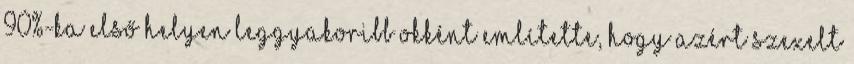
90%-ka első helyen leggyakoribb okként említette, hogy azért szexelt